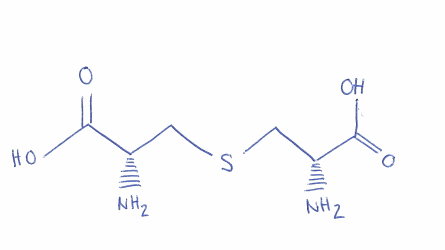
Simplified molecular-input line-entry system (SMILES) notation of the given molecule:
C([C@H](C(=O)O)N)SC[C@@H](C(=O)O)N